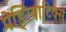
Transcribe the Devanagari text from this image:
पेड्रियाटिक्स